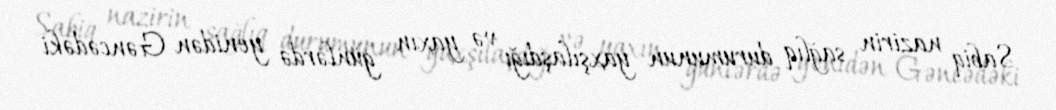
Sabiq nazirin sağlıq durumunun yaxşılaşdığı və yaxın günlərdə yenidən Gəncədəki